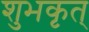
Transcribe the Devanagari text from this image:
शुभकृत्